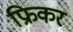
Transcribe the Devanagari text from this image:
फ्रिकर